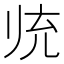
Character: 𱍮